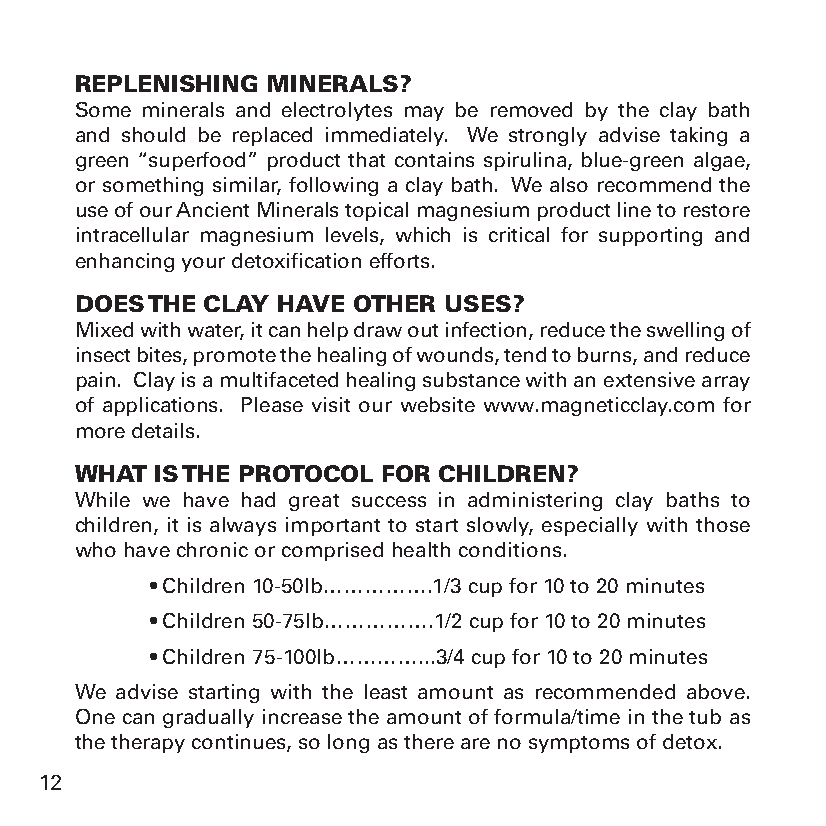
REPLENISHING MINERALS?
 Some minerals and electrolytes may be removed by the clay bath
 and should be replaced immediately. We strongly advise taking a
 green “superfood” product that contains spirulina, blue-green algae,
 or something similar, following a clay bath. We also recommend the
 use of our Ancient Minerals topical magnesium product line to restore
 intracellular magnesium levels, which is critical for supporting and
 enhancing your detoxification efforts.
 DOES THE CLAY HAVE OTHER USES?
 Mixed with water, it can help draw out infection, reduce the swelling of
 insect bites, promote the healing of wounds, tend to burns, and reduce
 pain. Clay is a multifaceted healing substance with an extensive array
 of applications. Please visit our website www.magneticclay.com for
 more details.
 WHAT IS THE PROTOCOL FOR CHILDREN?
 While we have had great success in administering clay baths to
 children, it is always important to start slowly, especially with those
 who have chronic or comprised health conditions.
 • Children 10-50lb…………….1/3 cup for 10 to 20 minutes
 • Children 50-75lb…………….1/2 cup for 10 to 20 minutes
 • Children 75-100lb…………...3/4 cup for 10 to 20 minutes
 We advise starting with the least amount as recommended above.
 One can gradually increase the amount of formula/time in the tub as
 the therapy continues, so long as there are no symptoms of detox.
 12